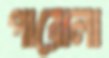
পারোলা